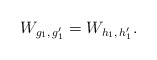
\begin{align*} W_{g_1, \, g_1'} = W_{h_1, \, h_1'}. \end{align*}